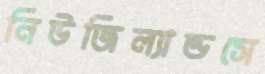
নিউজিল্যান্ডসে